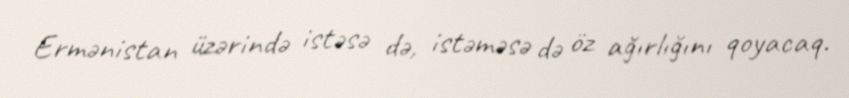
Ermənistan üzərində istəsə də, istəməsə də öz ağırlığını qoyacaq.